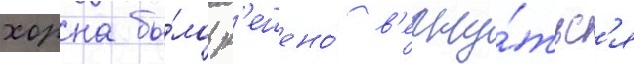
хорна бы́ло р'ешено́ в'ерну́тьс'я